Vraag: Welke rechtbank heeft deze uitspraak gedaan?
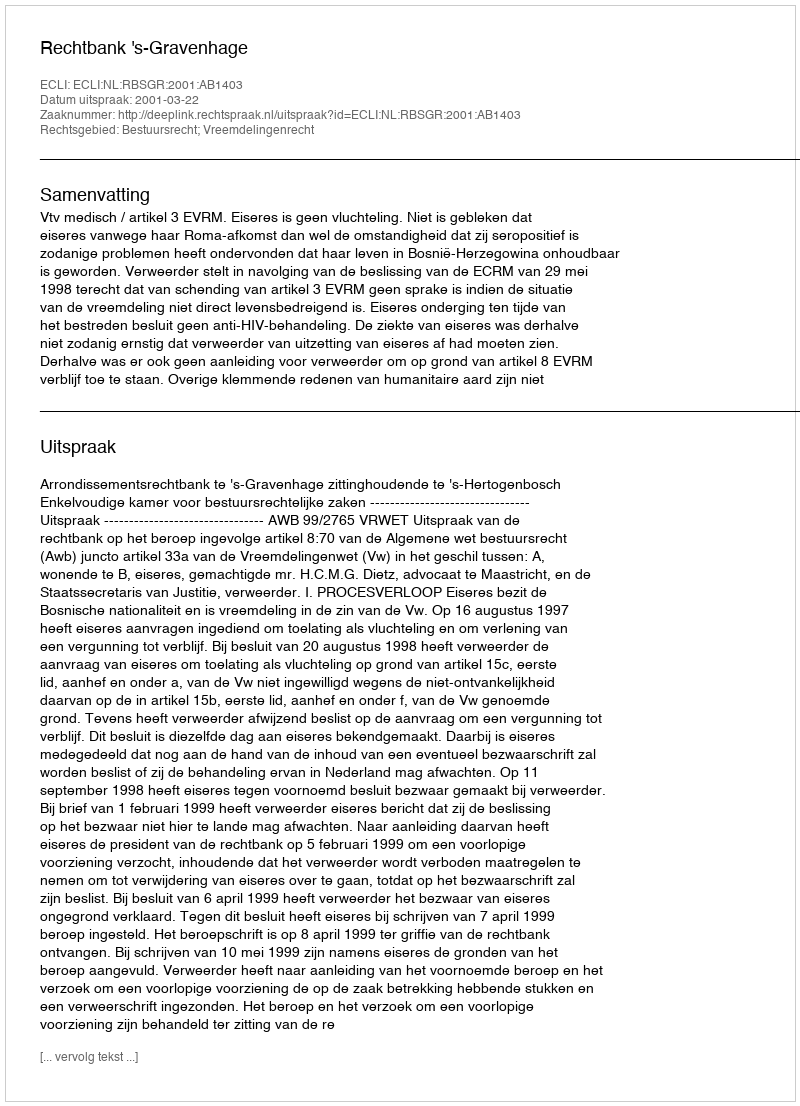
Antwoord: Rechtbank 's-Gravenhage